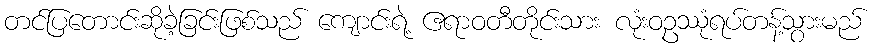
တင်ပြတောင်းဆိုခဲ့ခြင်းဖြစ်သည် ကျောင်းရဲ့ ဧရာဝတီတိုင်းသား လုံးဝဥဿုံရပ်တန့်သွားမည်